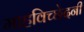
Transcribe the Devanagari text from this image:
माहविच्छेदनी